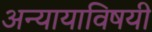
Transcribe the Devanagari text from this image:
अन्यायाविषयी